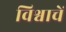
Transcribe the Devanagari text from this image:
विश्वाचें